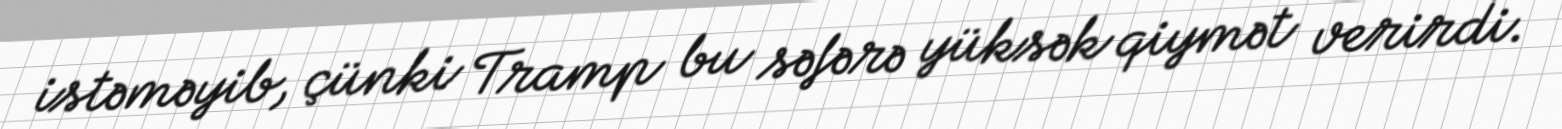
istəməyib, çünki Tramp bu səfərə yüksək qiymət verirdi.